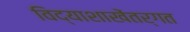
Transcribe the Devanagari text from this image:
विद्याशाखेंतर्गत